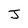
Character: J